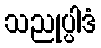
သညုပ္ပါဒံ